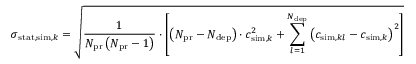
\sigma _ { \mathrm { s t a t } , \mathrm { s i m } , k } = \sqrt { \frac { 1 } { N _ { \mathrm { p r } } \left( N _ { \mathrm { p r } } - 1 \right) } \cdot \left[ \left( N _ { \mathrm { p r } } - N _ { \mathrm { d e p } } \right) \cdot c _ { \mathrm { s i m } , k } ^ { 2 } + \sum _ { l = 1 } ^ { N _ { \mathrm { d e p } } } \left( c _ { \mathrm { s i m } , k l } - c _ { \mathrm { s i m } , k } \right) ^ { 2 } \right] }